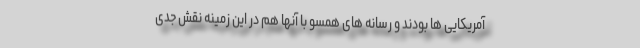
آمریکایی ها بودند و رسانه های همسو با آنها هم در این زمینه نقش جدی